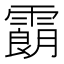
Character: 𩅜